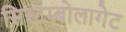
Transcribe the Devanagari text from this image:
सिस्टम्बोलागेट